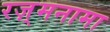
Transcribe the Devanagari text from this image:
रज़्मनामा